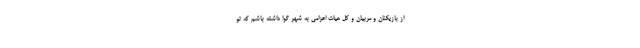
از بازیکنان و مربیان و کل هیات اعزامی به شهر گوا داشته باشم که تو